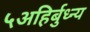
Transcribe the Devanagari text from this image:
५अहिर्बुध्न्य